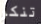
تنكر